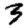
Digit: 3